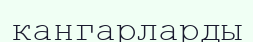
кангарларды